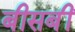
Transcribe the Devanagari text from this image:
बीसबीं